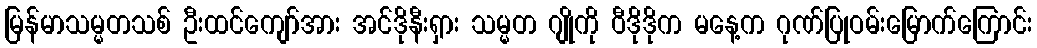
မြန်မာသမ္မတသစ် ဦးထင်ကျော်အား အင်ဒိုနီးရှား သမ္မတ ဂျိုကို ဝီဒိုဒိုက မနေ့က ဂုဏ်ပြုဝမ်းမြောက်ကြောင်း